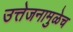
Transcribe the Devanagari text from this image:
उत्तेजनामुळेच